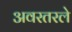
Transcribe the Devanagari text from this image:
अवरतरले